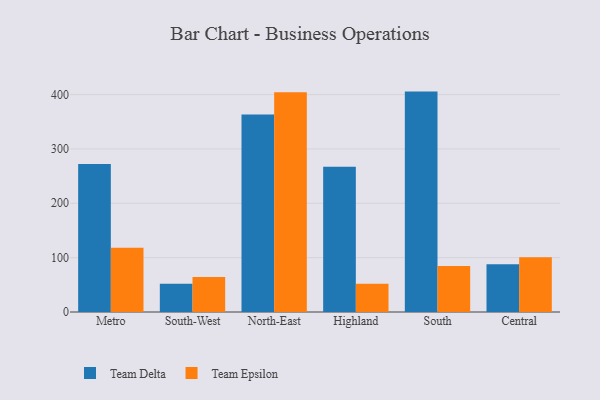
{"axis": {"x": "Region", "y": "Bounce Rate (%)"}, "legend": ["Team Delta", "Team Epsilon"], "data": [{"x": "Metro", "y": 272.5, "type": "Team Delta"}, {"x": "Metro", "y": 118.4, "type": "Team Epsilon"}, {"x": "South-West", "y": 52.1, "type": "Team Delta"}, {"x": "South-West", "y": 64.3, "type": "Team Epsilon"}, {"x": "North-East", "y": 363.3, "type": "Team Delta"}, {"x": "North-East", "y": 404.5, "type": "Team Epsilon"}, {"x": "Highland", "y": 267.1, "type": "Team Delta"}, {"x": "Highland", "y": 52.0, "type": "Team Epsilon"}, {"x": "South", "y": 405.5, "type": "Team Delta"}, {"x": "South", "y": 84.6, "type": "Team Epsilon"}, {"x": "Central", "y": 87.9, "type": "Team Delta"}, {"x": "Central", "y": 100.7, "type": "Team Epsilon"}]}